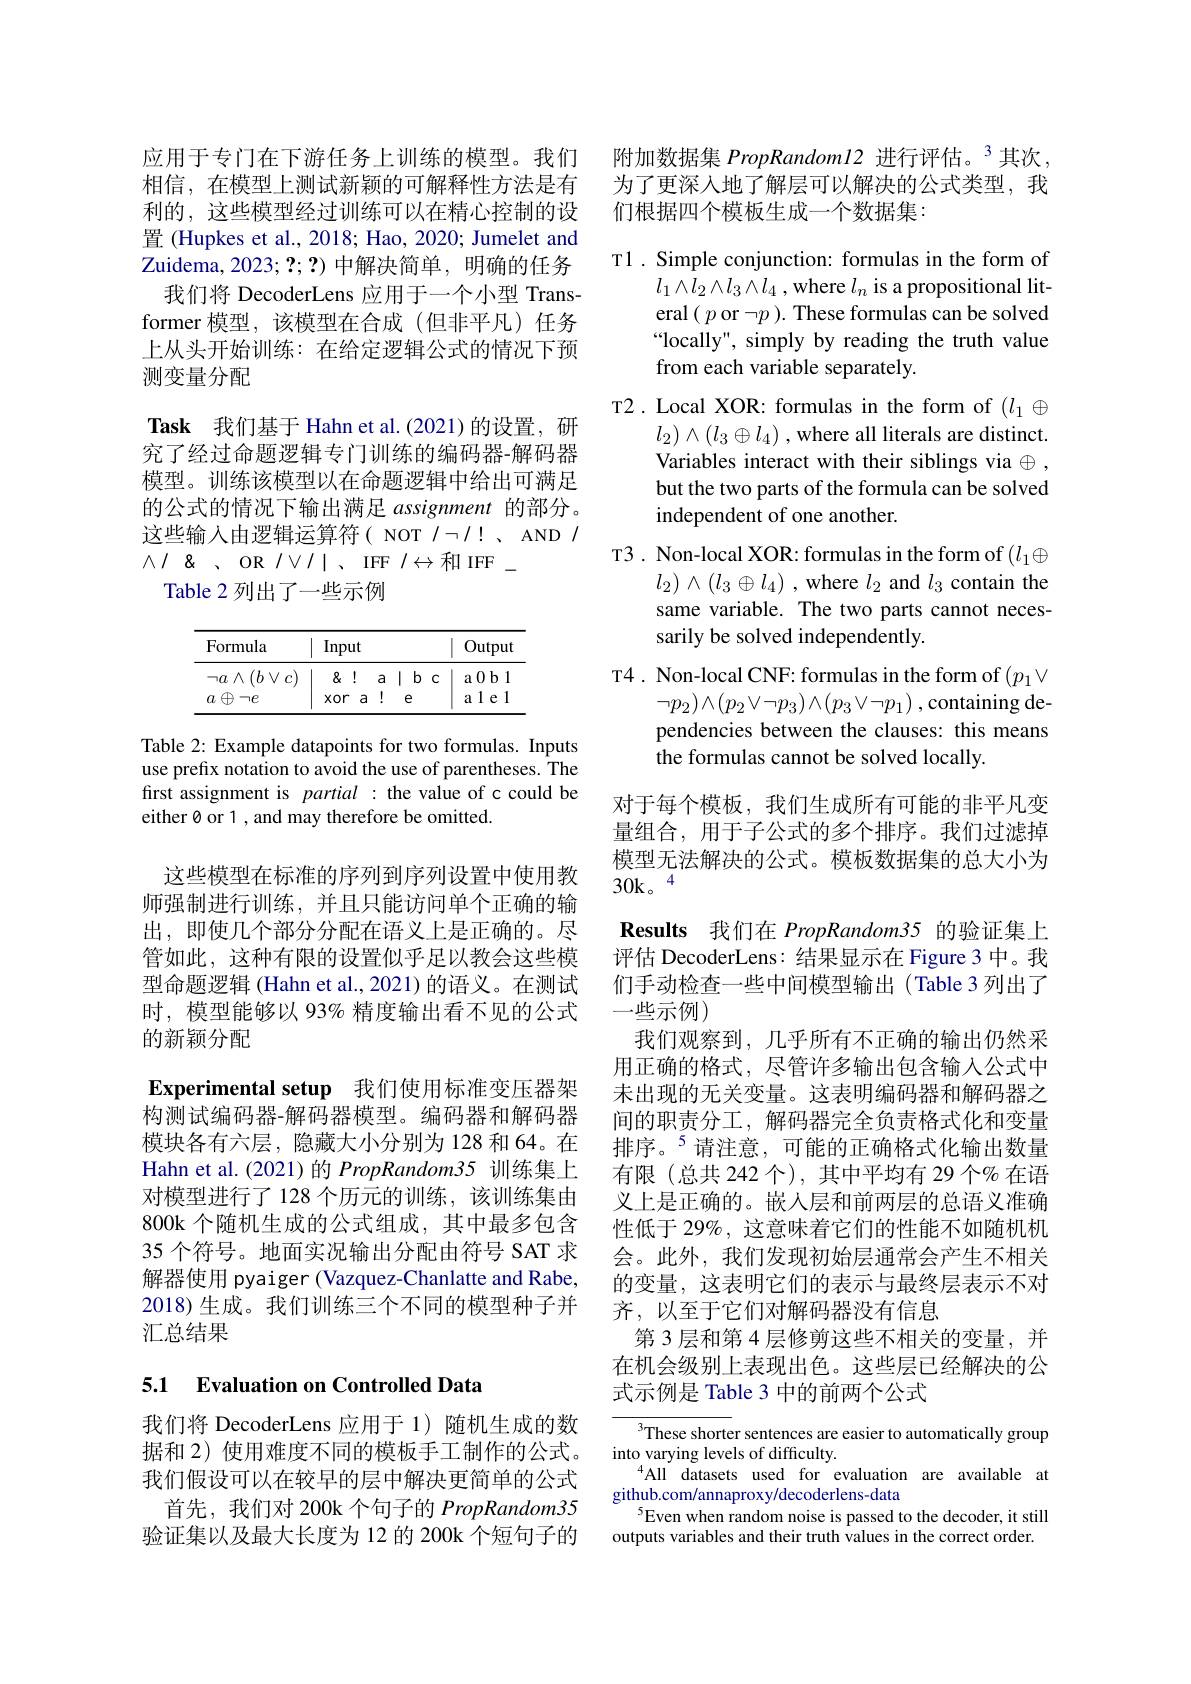
应用于专门在下游任务上训练的模型。我们相信，在模型上测试新颖的可解释性方法是有利的，这些模型经过训练可以在精心控制的设置 (Hupkes et al., 2018; Hao, 2020; Jumelet and Zuidema, 2023; ?;?)中解决简单，明确的任务
我们将 DecoderLens 应用于一个小型 Transformer 模型，该模型在合成(但非平凡)任务上从头开始训练：在给定逻辑公式的情况下预测变量分配

Task 我们基于 Hahn et al.(2021)的设置，研究了经过命题逻辑专门训练的编码器-解码器模型。训练该模型以在命题逻辑中给出可满足的公式的情况下输出满足 assignment 的部分。这些输入由逻辑运算符( NOT $I\neg I!、$ AND $I$ $\wedge/\&$ 、OR $/\vee/|$、IFF $/\leftrightarrow$和IFF\_

## Table 2 列出了一些示例

<table>
	<tbody>
		<tr>
			<th>Formula</th>
			<th>Input</th>
			<th> </th>
			<th> </th>
			<th>Output</th>
		</tr>
		<tr>
			<th>$\neg a\wedge$ $(b\lor$ $c$</th>
			<th>8 !</th>
			<th>a</th>
			<th>1 $b$ $C$</th>
			<th>a0b1 1</th>
		</tr>
		<tr>
			<td>$a\oplus$ $\neg e$ </td>
			<td>XOr</td>
			<td>1 a</td>
			<td>e</td>
			<td>1 e 1 a</td>
		</tr>
	</tbody>
</table>

Table 2: Example datapoints use prefix notation to avoid first assignment is partial : the value of c could be either $\emptyset$ or 1 , and may therefore be omitted.

这些模型在标准的序列到序列设置中使用教师强制进行训练，并且只能访问单个正确的输出，即使几个部分分配在语义上是正确的。尽管如此，这种有限的设置似乎足以教会这些模型命题逻辑 (Hahn et al.,2021)的语义。在测试时，模型能够以 93% 精度输出看不见的公式的新颖分配

Experimental setup 我们使用标准变压器

构测试编码器-解码器模型。编码器和解码器模块各有六层，隐藏大小分别为 128 和 64。在Hahn et al. (2021)的 PropRandom35 训练集上对模型进行了 128 个历元的训练，该训练集由800k 个随机生成的公式组成，其中最多包含35 个符号。地面实况输出分配由符号 SAT 求解器使用 pyaiger (Vazquez-Chanlatte and Rabe, 2018)生成。我们训练三个不同的模型种子并汇总结果

## 5.1 Evaluation on Controlled Data

我们将 DecoderLens 应用于 1)随机生成的数据和 2) 使用难度不同的模板手工制作的公式。我们假设可以在较早的层中解决更简单的公式
首先，我们对 200k 个句子的 PropRandom3验证集以及最大长度为 12 的 200k 个短句子的

附加数据集 PropRandom12 进行评估。3 其次为了更深入地了解层可以解决的公式类型，我们根据四个模板生成一个数据集：

T1. Simple conjunction: formulas in the form of
$l_1\wedge l_2\wedge l_3\wedge l_4$ ,where $l_n$ is a propositional literal $(p$ or $\neg p).$ These formulas can be solved “locally", simply by reading the truth value from each variable separately.
T2. Local XOR: formulas in the form of $(l_1\oplus$
$l_2)\wedge(l_3\oplus l_4)$ , where all Variables interact with thei but the two parts of the formula can be solved independent of one another.
T3 . Non-local XOR: formulas in the form of $(l_1\oplus$
$l_2)\wedge(l_3\oplus l_4)$ , where $l_2$ and $l_3$ contain the same variable. The two parts cannot necessarily be solved independently.
T4 . Non-local CNF: formulas in the form of $(p_1\lor$
$\neg p_2)\wedge(p_2\vee\neg p_3)\wedge(p_3\vee\neg p_1)$ ,containing dependencies between the clauses: this means the formulas cannot be solved locally.

对于每个模板，我们生成所有可能的非平凡变量组合，用于子公式的多个排序。我们过滤掉模型无法解决的公式。模板数据集的总大小为$30\mathrm{k。}^4$

Results 我们在 PropRandom35 的验证集上评估 DecoderLens: 结果显示在 Figure 3 中。我们手动检查一些中间模型输出(Table 3 列出了一些示例)
我们观察到，几乎所有不正确的输出仍然采用正确的格式，尽管许多输出包含输入公式中末出现的无关变量。这表明编码器和解码器之间的职责分工，解码器完全负责格式化和变量排序。$^{5}$请注意，可能的正确格式化输出数量有限(总共 242 个), 其中平均有 29 个% 在语义上是正确的。嵌入层和前两层的总语义准确性低于 29%, 这意味着它们的性能不如随机机会。此外，我们发现初始层通常会产生不相关的变量，这表明它们的表示与最终层表示不对齐，以至于它们对解码器没有信息
第 3 层和第 4 层修剪这些不相关的变量，并在机会级别上表现出色。这些层已经解决的公式示例是 Table 3 中的前两个公式

These shorter sentences are easier to automatically group
into varying levels of difficulty.
All datasets used for evalua
github.com/annaproxy/decoderlens-data
$^{5}$Even when random noise is passed to the decoder, it still outputs variables and their truth values in the correct order.